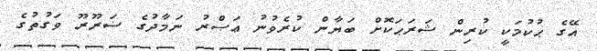
އޭގެ ޙުކުމަކީ ކުރިން ޝަރަޙަކޮށް ބަޔާން ކުރެވުނު ޢަޞްރު ނަމާދުގެ ޟަރޫރޫ ވަގުތުގެ